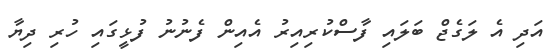
އަދި އެ ލަގެޖް ބަލައި ފާސްކުރިއިރު އެއިން ފެނުނު ފުޅީގައި ހުރި ދިޔާ